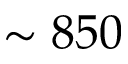
\sim 8 5 0